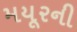
મયૂરની